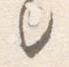
之